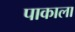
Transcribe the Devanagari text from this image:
पाकाला